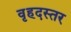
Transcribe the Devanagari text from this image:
वृहदस्तर